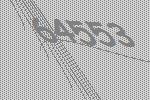
64553